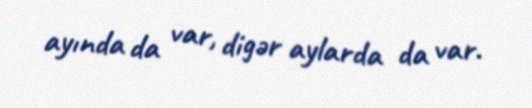
ayında da var, digər aylarda da var.